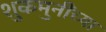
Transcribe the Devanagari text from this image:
शुकमुनींच्या